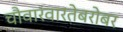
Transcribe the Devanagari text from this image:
चौवारंवारतेबरोबर